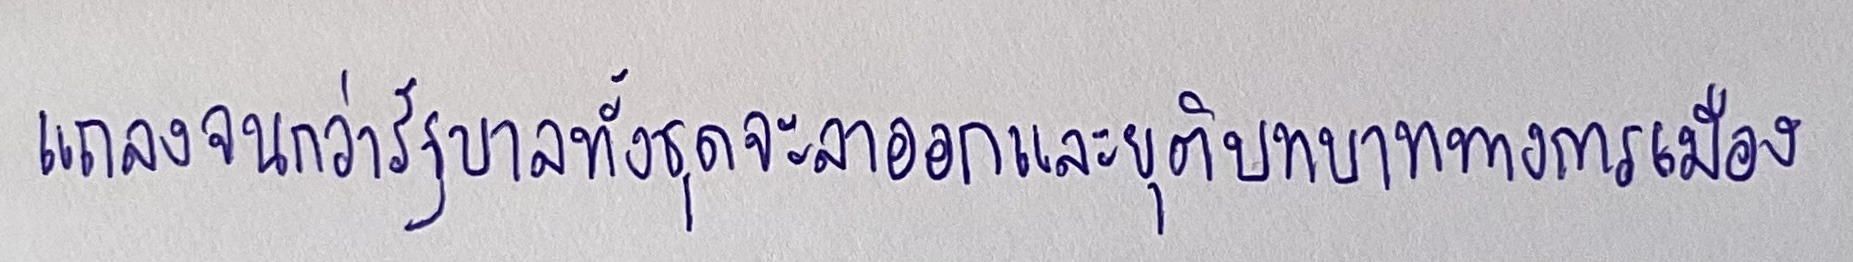
แถลงจนกว่ารัฐบาลทั้งชุดจะลาออกและยุติบทบาททางการเมือง